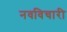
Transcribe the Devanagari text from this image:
नवविचारी